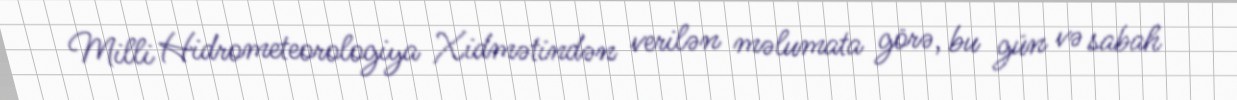
Milli Hidrometeorologiya Xidmətindən verilən məlumata görə, bu gün və sabah